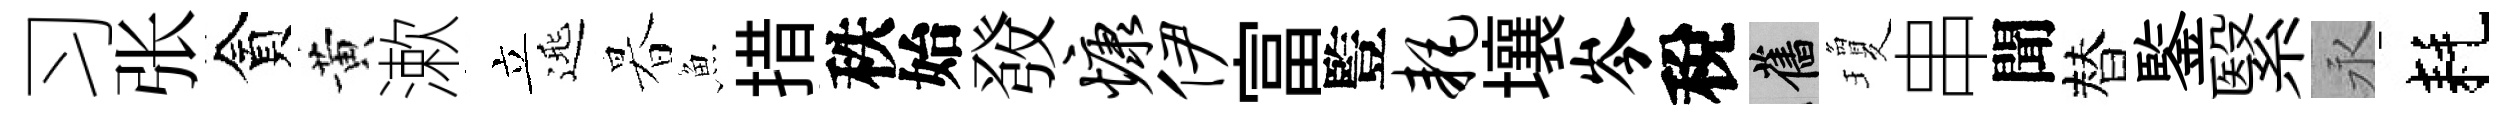
习张貪黄漱立𨓱暮魚措秩始𤼲慷伊富䜿耗壤岑稅舊瓊串聞替鍳繄永耗